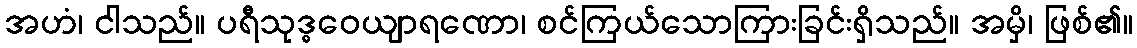
အဟံ၊ ငါသည်။ ပရီသုဒ္ဓဝေယျာရဏော၊ စင်ကြယ်သောကြားခြင်းရှိသည်။ အမှိ၊ ဖြစ်၏။